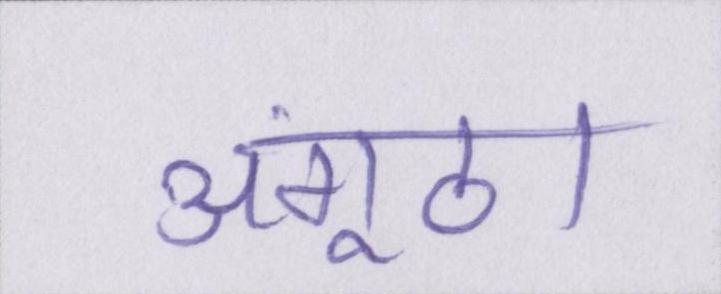
अंगूठा